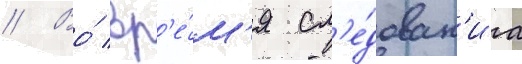
// Во́ вр'е́м'я сл'е́дован'иа